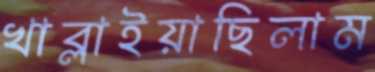
খাব্‌লাইয়াছিলাম